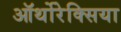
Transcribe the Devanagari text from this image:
ऑर्थोरेक्सिया